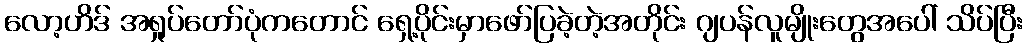
လော့ဟိဒ် အရှုပ်တော်ပုံကတောင် ရှေ့ပိုင်းမှာဖော်ပြခဲ့တဲ့အတိုင်း ဂျပန်လူမျိုးတွေအပေါ် သိပ်ပြီး